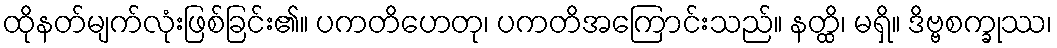
ထိုနတ်မျက်လုံးဖြစ်ခြင်း၏။ ပကတိဟေတု၊ ပကတိအကြောင်းသည်။ နတ္ထိ၊ မရှိ။ ဒိဗ္ဗစက္ခုဿ၊